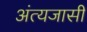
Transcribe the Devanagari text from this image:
अंत्यजासी